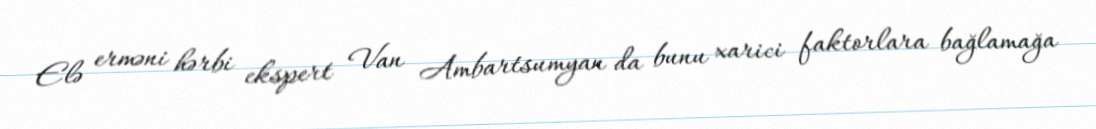
Elə erməni hərbi ekspert Van Ambartsumyan da bunu xarici faktorlara bağlamağa